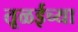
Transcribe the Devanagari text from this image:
तूळईच्या